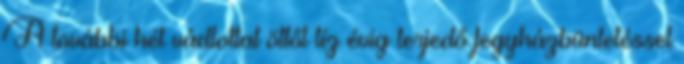
A további hét vádlottat öttől tíz évig terjedő fegyházbüntetéssel